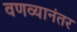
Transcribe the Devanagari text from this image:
वणव्यानंतर